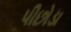
પીછોડા